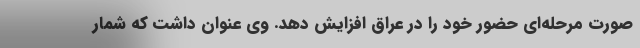
صورت مرحله‌ای حضور خود را در عراق افزایش دهد. وی عنوان داشت که شمار